Report of the Indian Hemp Drugs Commission, 1894-1895 - Volume V
Year: 1894
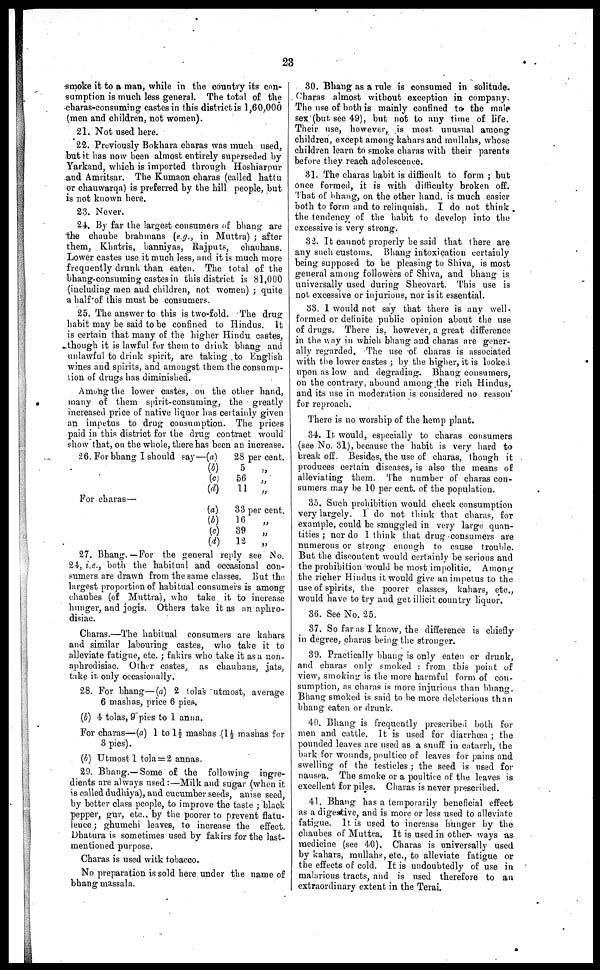
23
smoke it to a man, while in the country its con-
sumption is much less general. The total of the
charas-consuming castes in this district is 1,60,000
(men and children, not women).
21. Not used here.
22. Previously Bokhara charas was much used,
but it has now been almost entirely superseded by
Yarkand, which is imported through Hoshiarpur
and Amritsar. The Kumaon charas (called hattu
or chauwarqa) is preferred by the hill people, but
is not known here.
23. Never.
24. By far the largest consumers of bhang are
the chaube brahmans (e.g., in Muttra); after
them, Khatris, banniyas, Rajputs, chauhans.
Lower castes use it much less, and it is much more
frequently drunk than eaten. The total of the
bhang-consuming castes in this district is 81,000
(including men and children, not women); quite
a half of this must be consumers.
25. The answer to this is two-fold. The drug
habit may be said to be confined to Hindus. It
is certain that many of the higher Hindu castes,
though it is lawful for them to drink bhang and
unlawful to drink spirit, are taking to English
wines and spirits, and amongst them the consump-
tion of drugs has diminished.
Among the lower castes, on the other hand,
many of them spirit-consuming, the greatly
increased price of native liquor has certainly given
an impetus to drug consumption. The prices
paid in this district for the drug contract would
show that, on the whole, there has been an increase.
26. For bhang I should say—
For charas—
(a)
(b)
(c)
(d)
(a)
(b)
(c)
(d)
28 per cent.
5
„
56
„
11 „
33 per cent.
16
„
39
„
12
„
27. Bhang.—For the general reply see No.
24, i.e., both the habitual and occasional con-
sumers are drawn from the same classes. But the
largest proportion of habitual consumers is among
chaubes (of Muttra), who take it to increase
hunger, and jogis. Others take it as an aphro-
disiac.
Charas.—The habitual consumers are kahars
and similar labouring castes, who take it to
alleviate fatigue, etc.; fakirs who take it as a non-
aphrodisiac. Other castes, as chauhans, jats,
take it only occasionally.
28. For bhang—(a) 2 tola's utmost, average
6 mashas, price 6 pies.
(b) 4 tolas, 9 pies to 1 anna.
For charas—(a) 1 to 1½ mashas (1½ mashas for
3 pies).
(b) Utmost 1 tola = 2 annas.
29. Bhang.—Some of the following ingre-
dients are always used:—Milk and sugar (when it
is called dudhiya), and cucumber seeds, anise seed,
by better class people, to improve the taste; black
pepper, gur, etc., by the poorer to prevent flatu-
lence; ghumchi leaves, to increase the effect.
Dhatura is sometimes used by fakirs for the last-
mentioned purpose.
Charas is used witk tobacco.
No preparation is sold here under the name of
bhang massala.
30. Bhang as a rule is consumed in solitude.
Charas almost without exception in company.
The use of both is mainly confined to the male
sex (but see 49), but not to any time of life.
Their use, however, is most unusual among
children, except among kahars and mullahs, whose
children learn to smoke charas with their parents
before they reach adolescence.
31. The charas habit is difficult to form; but
once formed, it is with difficulty broken off.
That of bhang, on the other hand, is much easier
both to form and to relinquish. I do not think
the tendency of the habit to develop into the
excessive is very strong.
32. It cannot properly be said that there are
any such customs. Bhang intoxication certainly
being supposed to be pleasing to Shiva, is most
general among followers of Shiva, and bhang is
universally used during Sheovart. This use is
not excessive or injurious, nor is it essential.
33. I would not say that there is any well-
formed or definite public opinion about the use
of drugs. There is, however, a great difference
in the way in which bhang and charas are gener-
ally regarded. The use of charas is associated
with the lower castes; by the higher, it is looked
upon as low and degrading. Bhang consumers,
on the contrary, abound among the rich Hindus,
and its use in moderation is considered no reason
for reproach.
There is no worship of the hemp plant.
34. It would, especially to charas consumers
(see No. 31), because the habit is very hard to
break off. Besides, the use of charas, though it
produces certain diseases, is also the means of
alleviating them. The number of charas con-
sumers may be 10 per cent. of the population.
35. Such prohibition would check consumption
very largely. I do not think that charas, for
example, could be smuggled in very large quan-
tities; nor do I think that drug consumers are
numerous or strong enough to cause trouble.
But the discontent would certainly be serious and
the prohibition would be most impolitic. Among
the richer Hindus it would give an impetus to the
use of spirits, the poorer classes, kahars, etc.,
would have to try and get illicit country liquor.
36. See No. 25.
37. So far as I know, the difference is chiefly
in degree, charas being the stronger.
39. Practically bhang is only eaten or drunk,
and charas only smoked: from this point of
view, smoking is the more harmful form of con-
sumption, as charas is more injurious than bhang.
Bhang smoked is said to be more deleterious than
bhang eaten or drunk.
40. Bhang is frequently prescribed both for
men and cattle. It is used for diarrhoea; the
pounded leaves are used as a snuff in catarrh, the
bark for wounds, poultice of leaves for pains and
swelling of the testicles; the seed is used for
nausea. The smoke or a poultice of the leaves is
excellent for piles. Charas is never prescribed.
41. Bhang has a temporarily beneficial effect
as a digestive, and is more or less used to alleviate
fatigue. It is used to increase hunger by the
chaubes of Muttra. It is used in other way's as
medicine (see 40). Charas is universally used
by kahars, mullahs, etc., to alleviate fatigue or
the effects of cold. It is undoubtedly of use in
malarious tracts, and is used therefore to an
extraordinary extent in the Terai.